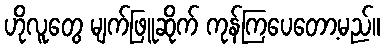
ဟိုလူတွေ မျက်ဖြူဆိုက် ကုန်ကြပေတော့မည်။